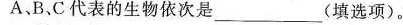
A B.C代表的生物依次是___(填选项)。